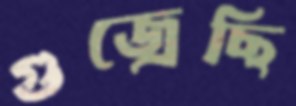
গুজ্‌রেছি